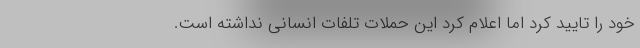
خود را تایید کرد اما اعلام کرد این حملات تلفات انسانی نداشته است.